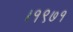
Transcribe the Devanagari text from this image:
।१९७१